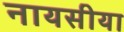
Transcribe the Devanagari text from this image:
नायसीया